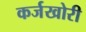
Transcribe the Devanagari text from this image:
कर्जखोरी